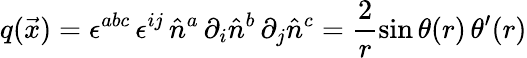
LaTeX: q(\vec{x})=\epsilon^{abc}\, \epsilon^{ij}\, \hat{n}^{a}\, \partial_{i}\hat{n}^{b}\, \partial_{j}\hat{n}^{c}=\frac{2}{r}\sin\theta(r)\, \theta^{\prime}(r)